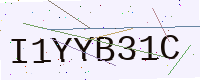
Text: I1YYB31C